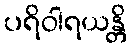
ပရိဝါရယန္တိ